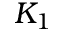
K _ { 1 }